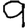
Digit: 9